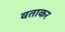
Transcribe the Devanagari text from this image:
वताकर